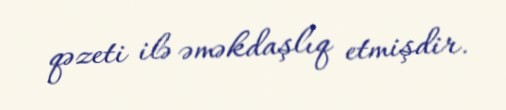
qəzeti ilə əməkdaşlıq etmişdir.